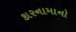
કારનામાનો